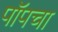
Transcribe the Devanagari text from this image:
पॉपचा